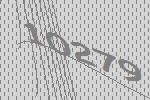
10279